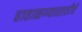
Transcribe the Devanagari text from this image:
हाताळण्यासाठीचे